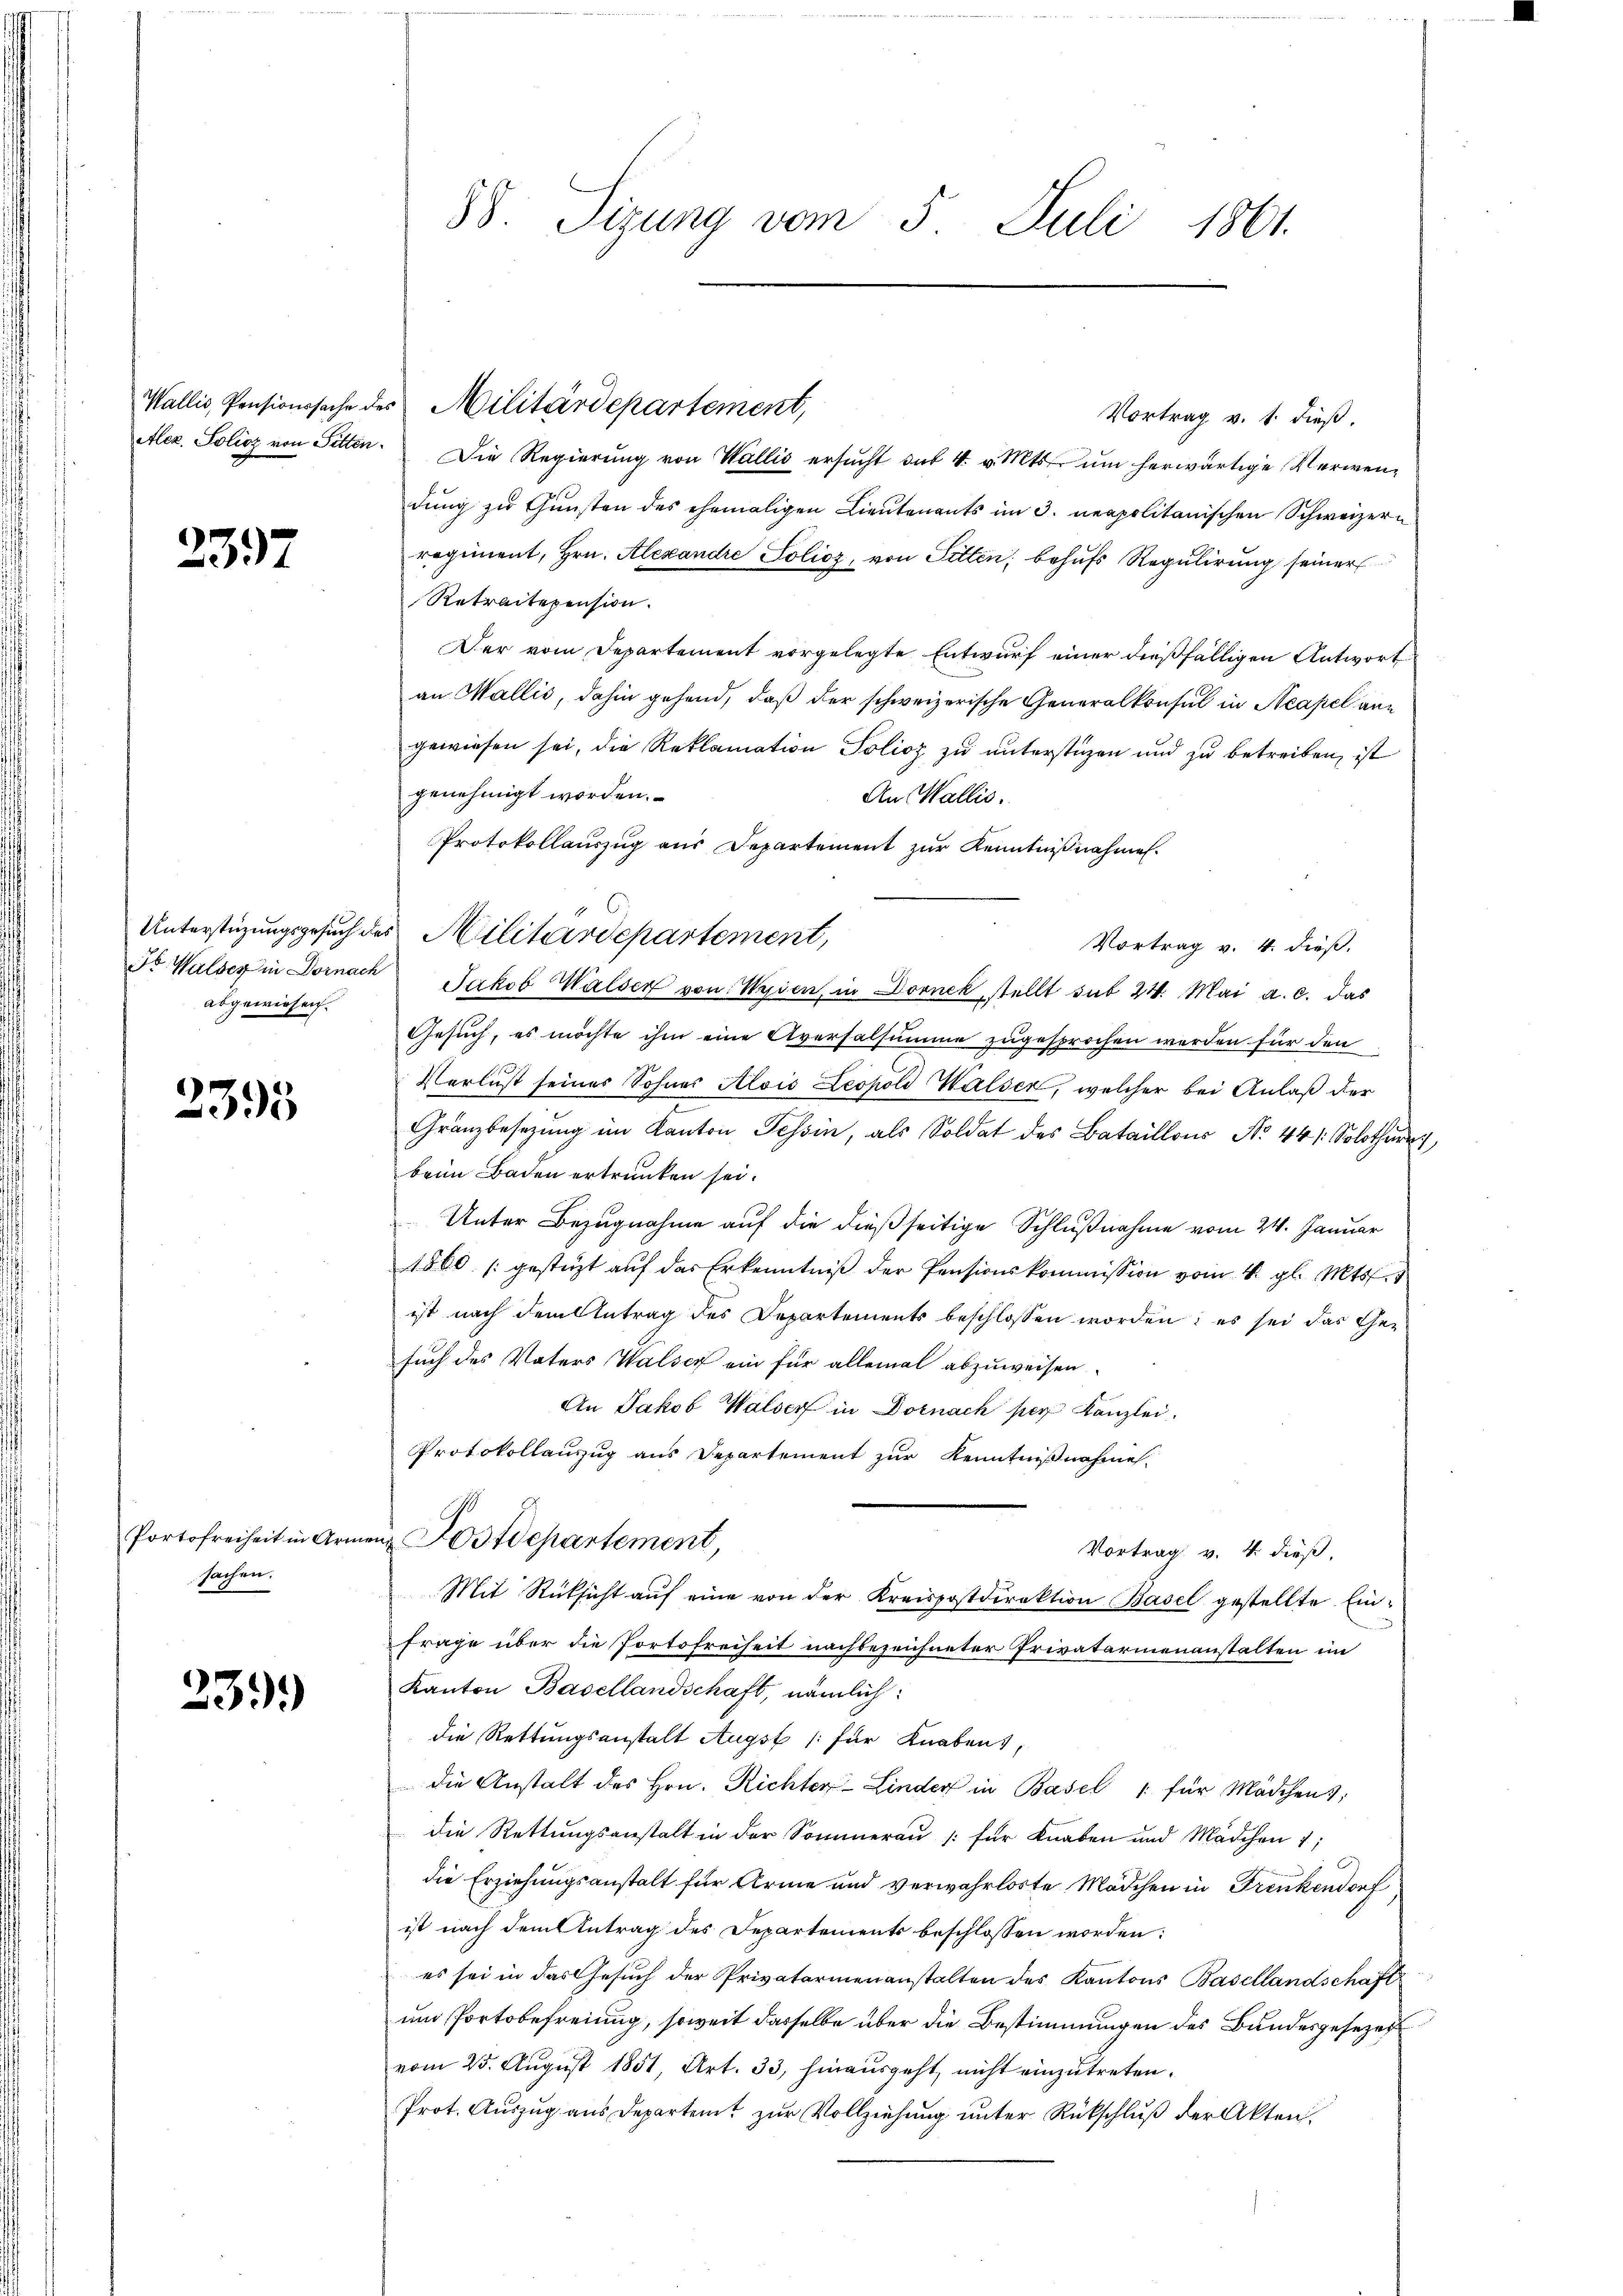
2397

abgewiesen.

2395

sachen.

239.

Vortrag v. 1. dieß.
Alez. Solioz von Sitten. Die Regierŭng von Wallis ersŭcht aus 4. v. Mts. um herwärtige Verwendŭng zŭ Gŭnsten des ehemaligen Lieutenants im 3. neapolitanischen Schweizern
regiment, Hrn. Alexandre Policz, von Fitten, behufs Regulirung seiner
Retraitepension.
Der vom Departement vorgelegte Entwurf einer dießfälligen Antwort
an Wallis, dahin gehend, daß der schweizerische Generalkonsul in Neapel ane
gewiesen sei, die Reklamation Solioz zu unterstüzen und zu betreiben, ist
genehmigt worden.
An Wallis.
Protokollauszug aus Departement zŭr Kenntniβnahmen.
Unterstützungsgesuch des Militärdepartement,
Vortrag v. 4. dieß.
Dr Walder in Dornach Jakob Walser von Wyden, in Dornck, stellt sub 24. Mai a. c. das
Gesuch, es möchte ihm eine Aversalsumme zugesprochen werden für den
Verlust seines Sohnes Alois Leopold Walser, welcher bei Anlaß der
Gränzbesezung im Kanton Tessin, als Soldat des Bataillons No 44 /: Solothur
beim Baden ertrunken sei.
Unter Bezugnahme auf die dießseitige Schlußnahme vom 24. Januar
1860 gestüzt aŭf das Erkenntniβ der Pensionskommission vom 4. gl. Mts.
ist nach dem Antrag des Departements beschlossen worden; es sei das Gesuch des Vaters Walser ein für allemal abzuweisen.
An Jakob Walser in Dornach per Kanzlei.
Protokollauzug aus Departement zur Kenntnißnahme.
Portofreiheit in Armen Postdepartement,
Vortrag v. 4. dieß,
Mit Rücksicht auf eine von der Kreispostdirektion Basel gestellte Einfrage über die Portofreiheit nachbezeichneter Privatarinenanstalten im
Kanton Basellandschaft, nämlich:
die Rettungsanstalt Augst für Knabens,
die Anstalt des Hrn. Richter Linder in Basel 1 für Mädchent;
die Rettungsanstalt in der Sommerau (für Knaben und Mädchen 1;
die Erziehungsanstalt für Arme und verwahrloste Mädchen in Frenkendorf
ist nach dem Antrag des Departements beschlossen worden:
es sei in das Gesuch der Privaterienanstalten des Kantons Basellandschaft
und Portobefreiung, soweit dasselbe über die Bestimmungen des Bundesgeseze
vom 25. August 1851, Art. 33, hinausgeht, nicht einzutreten.
Prot. Auszug aus Departent zur Vollziehung unter Rückschluß der Akten.

38. Sizung vom 5. Juli 1861.

Wallis, Pensionssache des Militärdepartement,